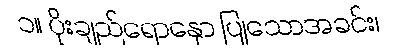
၁။ ပိုးချည်ရောနှော ပြုသောအခင်း၊